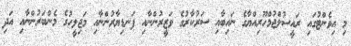
މި އިވެންޓުގައި ރައީސުލްޖުމްހޫރިއްޔާގެ ނައިބާއި ސަރުކާރުގެ ވަޒީރުންނާއި ފަނޑިޔާރުންނާއި މަޖިލީހުގެ މެންބަރުންނާއި އަދި